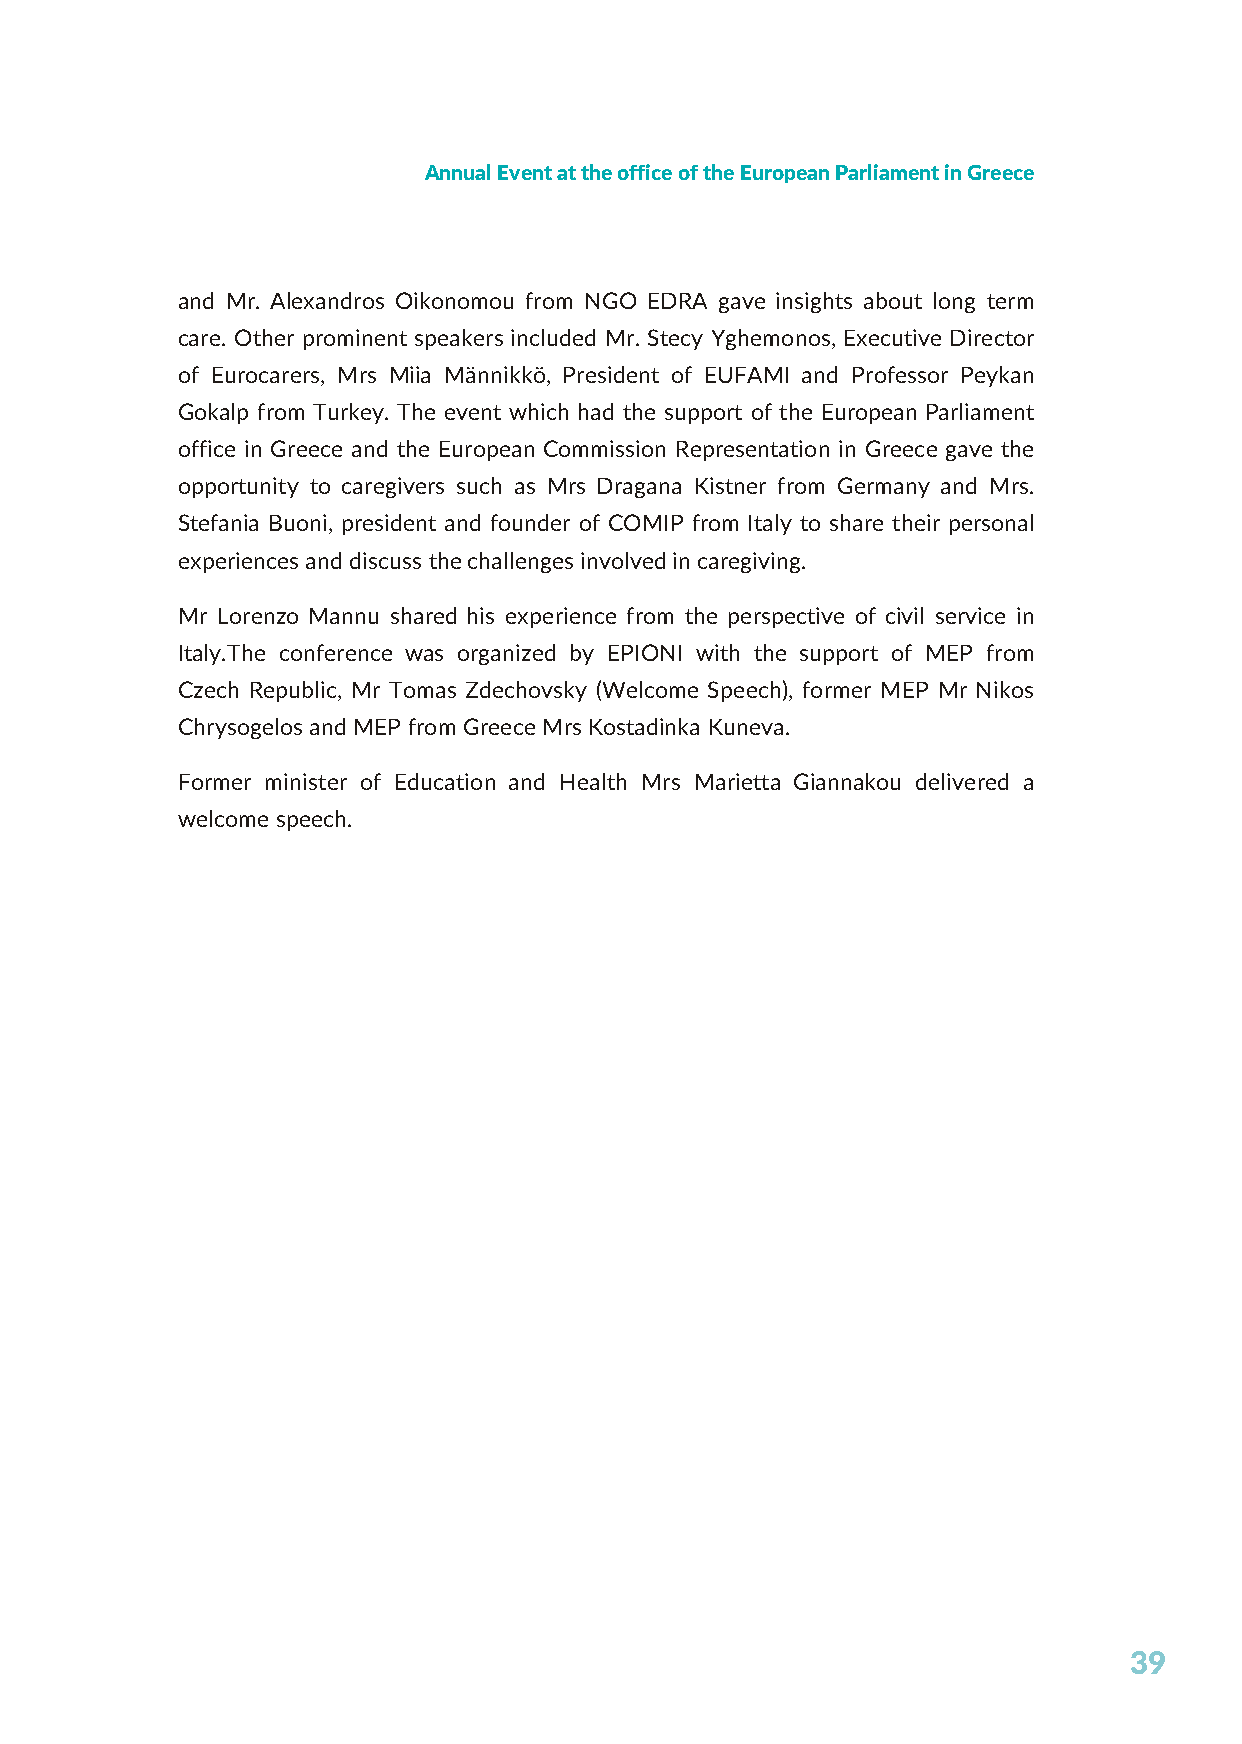
Annual Event at the office of the European Parliament in Greece
 and Mr. Alexandros Oikonomou from NGO EDRA gave insights about long term
 care. Other prominent speakers included Mr. Stecy Yghemonos, Executive Director
 of Eurocarers, Mrs Miia Männikkö, President of EUFAMI and Professor Peykan
 Gokalp from Turkey. The event which had the support of the European Parliament
 office in Greece and the European Commission Representation in Greece gave the
 opportunity to caregivers such as Mrs Dragana Kistner from Germany and Mrs.
 Stefania Buoni, president and founder of COMIP from Italy to share their personal
 experiences and discuss the challenges involved in caregiving.
 Mr Lorenzo Mannu shared his experience from the perspective of civil service in
 Italy.The conference was organized by EPIONI with the support of MEP from
 Czech Republic, Mr Tomas Zdechovsky (Welcome Speech), former MEP Mr Nikos
 Chrysogelos and MEP from Greece Mrs Kostadinka Kuneva.
 Former minister of Education and Health Mrs Marietta Giannakou delivered a
 welcome speech.
 39